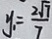
y _ { 1 } = \frac { 2 \sqrt { 7 } } { 7 }